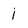
Character: i